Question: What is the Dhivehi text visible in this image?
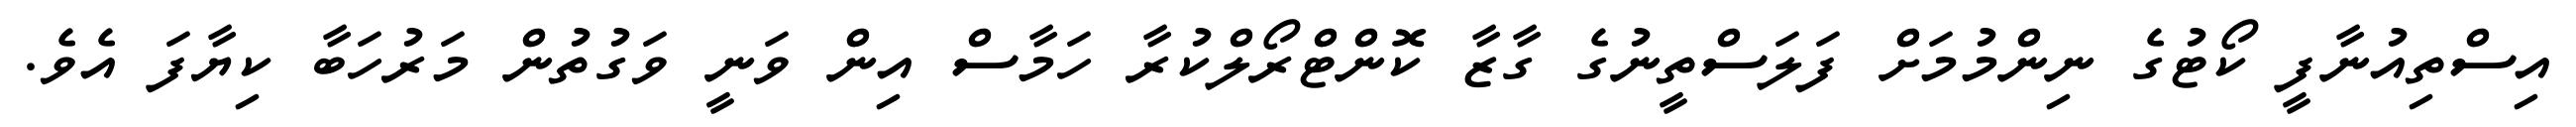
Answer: އިސްތިއުނާފީ ކޯޓުގެ ނިންމުމަށް ފަލަސްތީނުގެ ގާޒާ ކޮންޓްރޯލްކުރާ ހަމާސް އިން ވަނީ ވަގުތުން މަރުހަބާ ކިޔާފަ އެވެ.